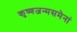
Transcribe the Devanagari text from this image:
कृष्णजन्मसमेनां